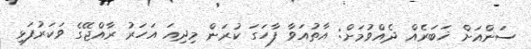
ސަންއަށް ޚަބަރެއް ދެއްވުމަށް: އާތުއަވާ ފާހަގަ ކުރަން މިދިއަ އަހަރު ރާއްޖޭގެ ވަކަރުފަޅި